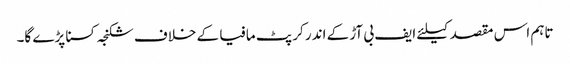
تاہم اس مقصد کیلئے ایف بی آڑ کے اندر کرپٹ مافیا کے خلاف شکنجہ کسنا پڑے گا۔